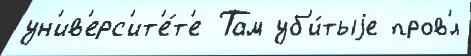
ун'ив'ерс'ит'е́т'е Там уб'и́тыjе пров'́л